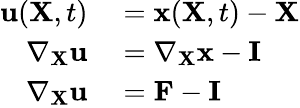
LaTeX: \begin{array}{rl}{\mathbf{u}(\mathbf{X},t)}&{{}=\mathbf{x}(\mathbf{X},t)-\mathbf{X}}\\ {\nabla_{\mathbf{X}}\mathbf{u}}&{{}=\nabla_{\mathbf{X}}\mathbf{x}-\mathbf{I}}\\ {\nabla_{\mathbf{X}}\mathbf{u}}&{{}=\mathbf{F}-\mathbf{I}}\end{array}